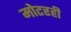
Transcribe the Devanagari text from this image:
मोटरही